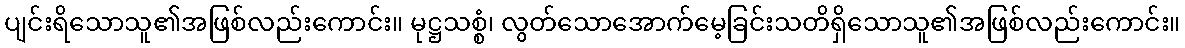
ပျင်းရိသောသူ၏အဖြစ်လည်းကောင်း။ မုဋ္ဌသစ္စံ၊ လွတ်သောအောက်မေ့ခြင်းသတိရှိသောသူ၏အဖြစ်လည်းကောင်း။